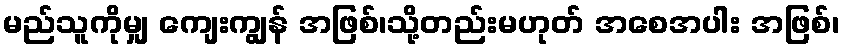
မည်သူကိုမျှ ကျေးကျွန် အဖြစ်၊သို့တည်းမဟုတ် အစေအပါး အဖြစ်၊